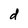
Character: d